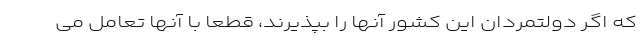
که اگر دولتمردان این کشور آنها را بپذیرند، قطعاً با آنها تعامل می